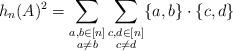
LaTeX: \begin{align*}h_n(A)^2 = \sum_{\substack{a,b \in [n] \\ a \neq b}} \sum_{\substack{c,d \in [n] \\ c \neq d}} \{a,b\} \cdot \{c,d\} \end{align*}